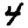
Digit: 4